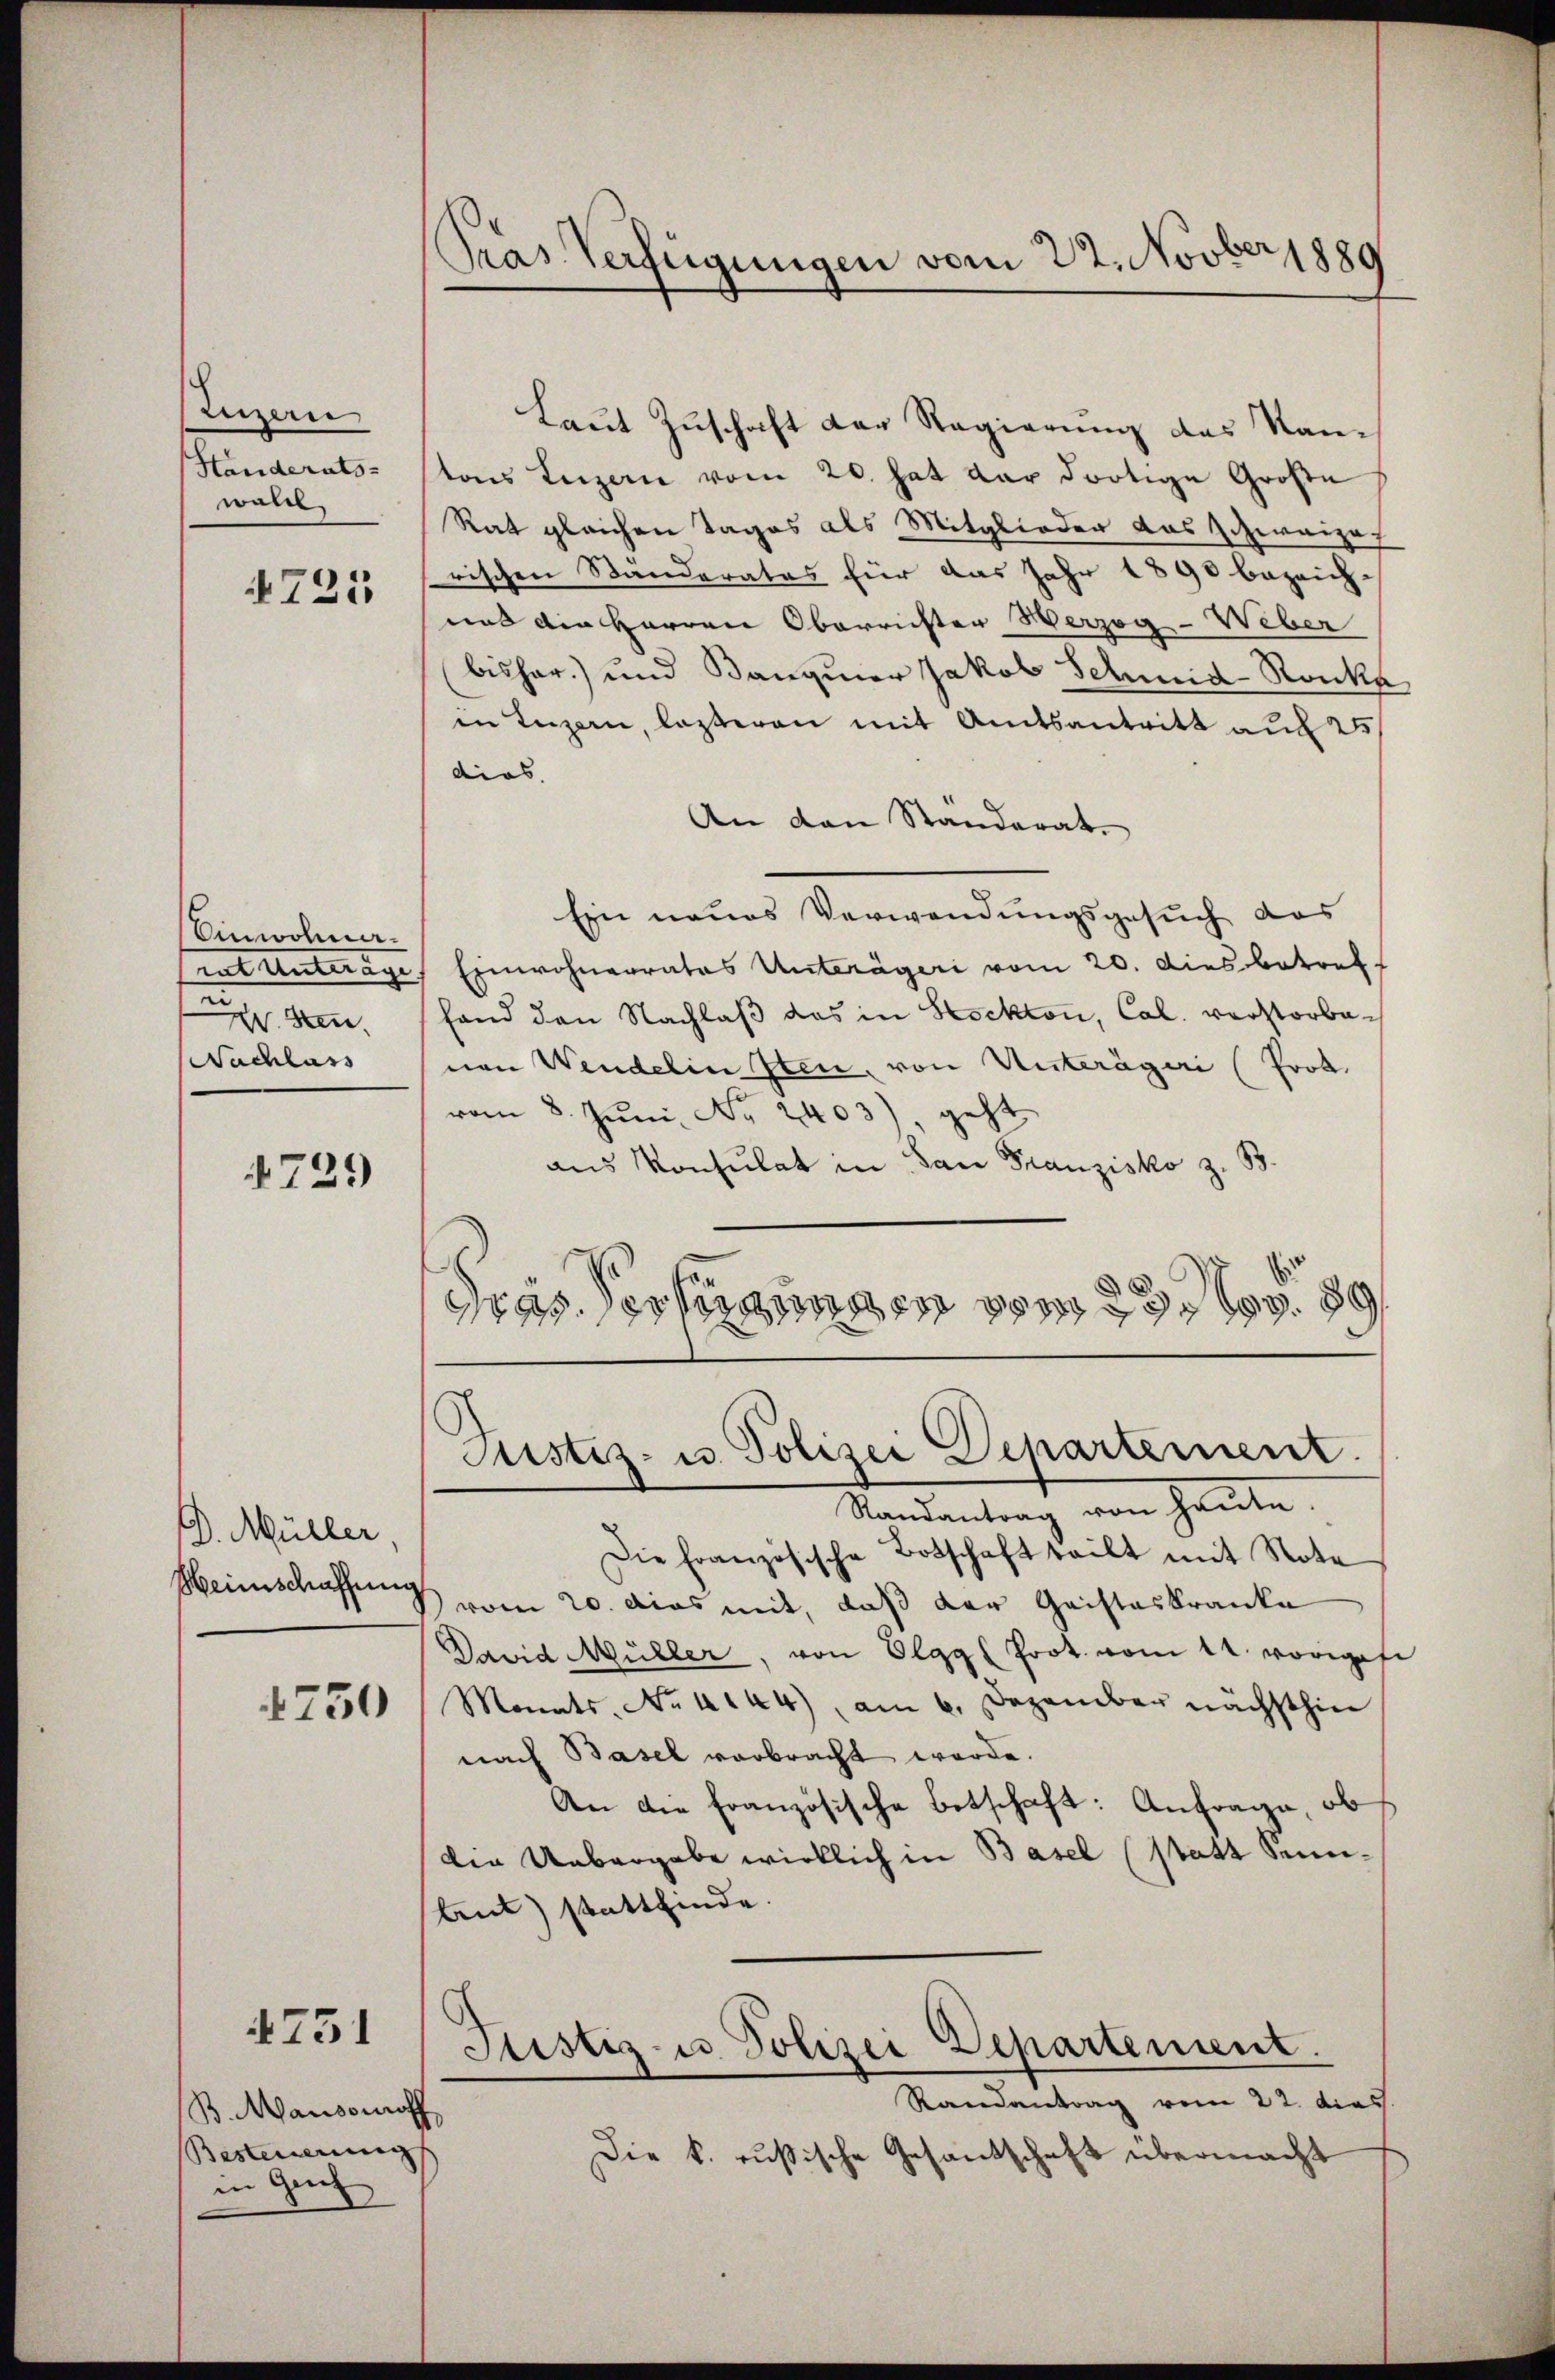
Luzern
Handerats-
woll

725

Unwohner.
.sten
Nachlass

729

D. Müller
Meinschaffung

750

B. Mansonoff
Besteuerung
in Greif

4751

Pras Verfügungen vom 22. Novber 1889

Laut Zuschaft der Regierung des Kantons Luzern vom 20. hat der dortige Große
Rat gleichen Tages als Mitglieder das Schweize
rischen Standerates für das Jahr 1890 bezeich-
uns die Herren Oberrichter Herzog - Weber
(bishar.) und Banquier Jakob Schmid-Ronka
in Luzern, lezteren mit Amtsantritt auf 25
dios.
An den Ständerat
Ein neues Verwendungsgesuch das
trat unterage Einwohnerrates Unterägeri vom 20. Dies betreff
fand den Nachlaß das in Stockton, Cal. verstorbenen Wendelin Iten, von Unterägeri (Prok.
vom 8. Jŭni No 2403), geht
aus Konsulat in San Franzisko z. B.
dras. Verfügungen vom 23. 80

Justiz- u. Polizei Departement.
Randantrag von heŭte.

Die Französische Botschaft teilt mit Note
vom 20. dies mit, daß der Gaisteskranke
David Müller, von Olggl Prot. vom 11. voriges
Monats No 444), am 6. Dezember nächsthin
nach Basel verbracht werde.
An die Französische Betschaft: Anfrage, ob
Die Uebergabe wirklich in Basel (statt Sumtut) stattfinde.
Justiz- u. Polizei Departement.
Randantrag vom 22. dies
Die k. russische Gesandschaft übermacht